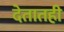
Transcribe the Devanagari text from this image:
देतातही